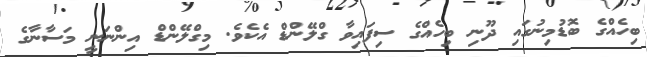
ބިހެއްގެ ބޮޑުމިނުގައި ދޫނި ބިހެއްގެ ސިފައިވާ ގްލޭންޑް އެކެވެ. މިގްލޭންޑް އިންނަނީ މަސާނާގެ